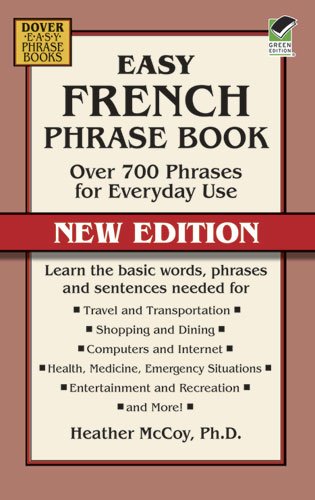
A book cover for Easy French Phrase Book NEW EDITION: Over 700 Phrases for Everyday Use (Dover Language Guides French); Heather McCoy; Travel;